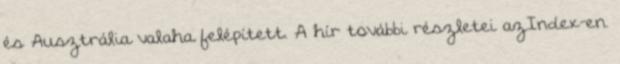
és Ausztrália valaha felépített. A hír további részletei azIndex-en.